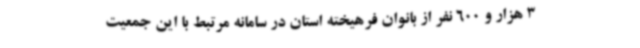
3 هزار و 600 نفر از بانوان فرهیخته استان در سامانه مرتبط با این جمعیت